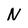
Character: N